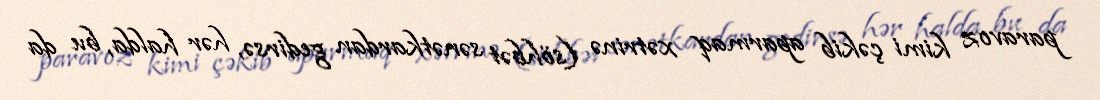
paravoz kimi çəkib aparmaq xətrinə (söhbət sənətkardan gedirsə, hər halda, bu da